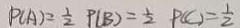
P ( A ) = \frac { 1 } { 2 } P ( B ) = \frac { 1 } { 2 } P ( C ) = \frac { 1 } { 2 }